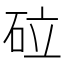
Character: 砬